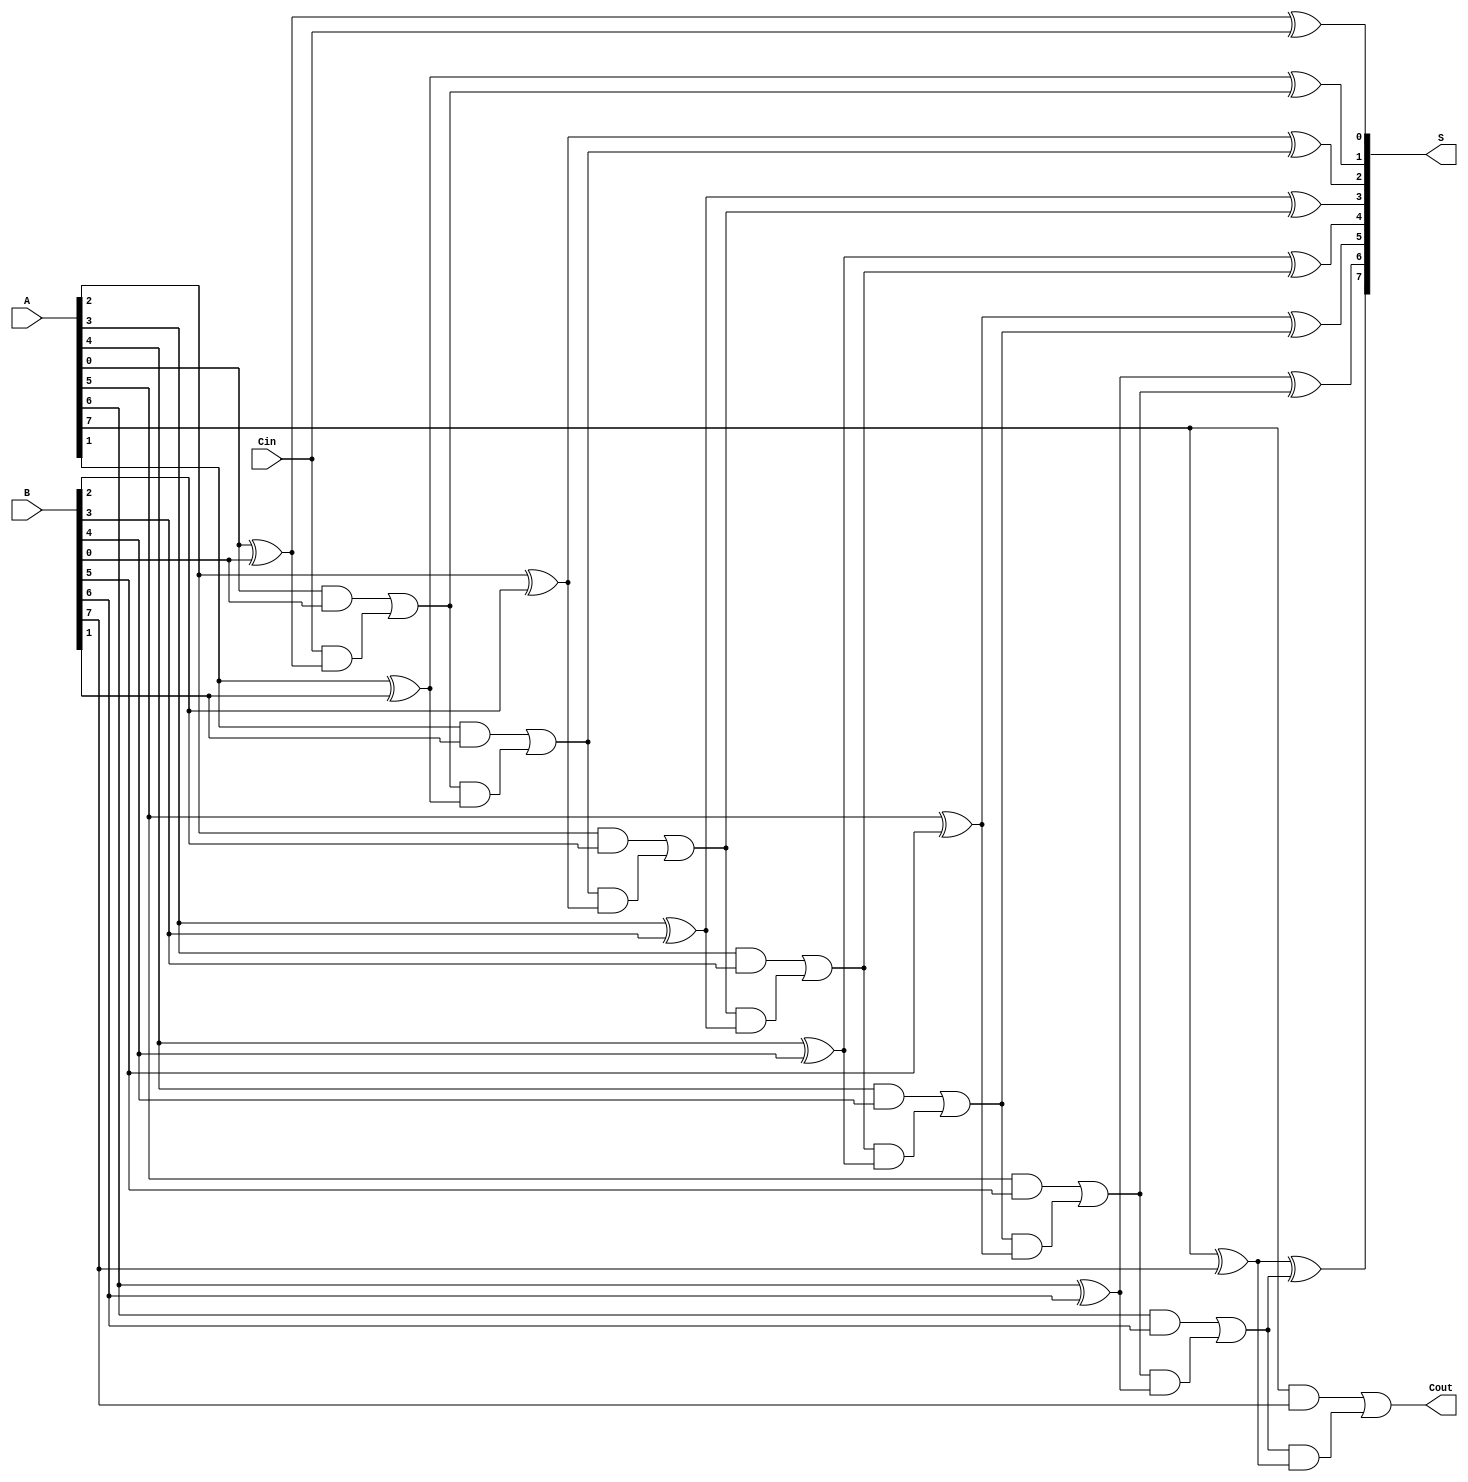
module manchester_carry_chain_adder #(parameter n = 8) (
    input  [n-1:0] A,       // First n-bit input
    input  [n-1:0] B,       // Second n-bit input
    input         Cin,       // Carry-in
    output [n-1:0] S,       // n-bit Sum output
    output        Cout       // Carry-out
);

    wire [n:0] C; // Carry signals, C[0] is the carry-in

    assign C[0] = Cin; // Initial carry-in

    // Full adder logic for each bit
    genvar i;
    generate
        for (i = 0; i < n; i = i + 1) begin : full_adder
            assign S[i] = A[i] ^ B[i] ^ C[i];                  // Sum
            assign C[i + 1] = (A[i] & B[i]) | (C[i] & (A[i] ^ B[i])); // Carry-out
        end
    endgenerate

    assign Cout = C[n]; // Final carry-out

endmodule